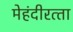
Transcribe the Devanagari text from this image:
मेहंदीरत्‍ता